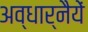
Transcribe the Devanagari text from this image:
अव्धार्नैयें